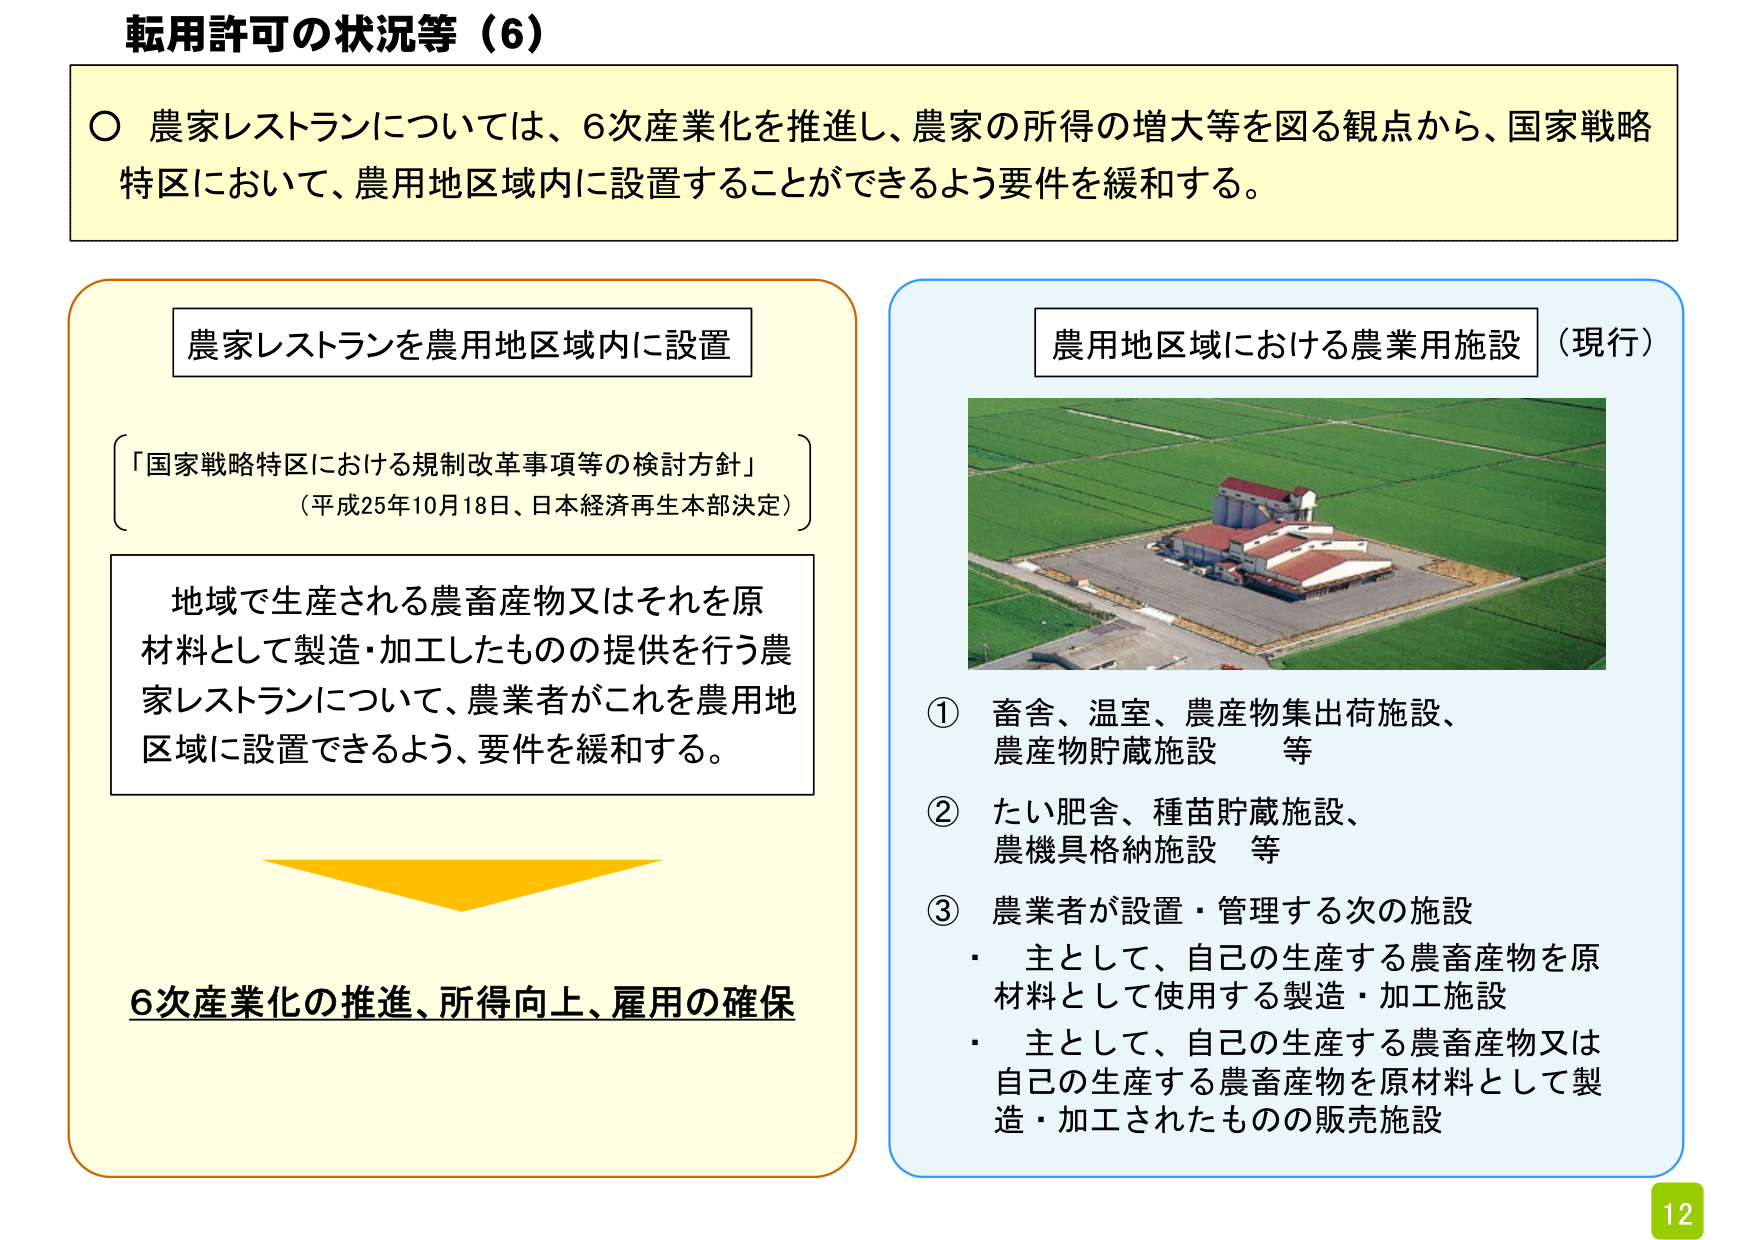
転用許可の状況等（6）

○ 農家レストランについては、6次産業化を推進し、農家の所得の増大等を図る観点から、国家戦略特区において、農用地区域内に設置することができるよう要件を緩和する。

農家レストランを農用地区域内に設置

「国家戦略特区における規制改革事項等の検討方針」
（平成25年10月18日、日本経済再生本部決定）

地域で生産される農畜産物又はそれを原材料として製造・加工したもの の提供を行う農家レストランについて、農業者がこれを農用地区域に設置できるよう、要件を緩和する。

6次産業化の推進、所得向上、雇用の確保

農用地区域における農業用施設（現行）

① 畜舎、温室、農産物集出荷施設、農産物貯蔵施設　等
② たい肥舎、種苗貯蔵施設、農機具格納施設　等
③ 農業者が設置・管理する次の施設
・ 主として、自己の生産する農畜産物を原材料として使用する製造・加工施設
・ 主として、自己の生産する農畜産物又は自己の生産する農畜産物を原材料として製造・加工されたものの販売施設

12